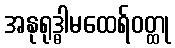
အနုရုဒ္ဓါမထေရ်ဝတ္ထု